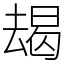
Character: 朅